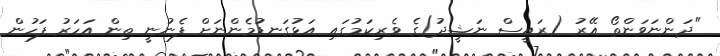
"ދަންނަވަންތޯ އޭރު (ރައީސް ނަޝީދު)ގެ ވެރިކަމުގައި އަޅުގަނޑުމެންނަށް ފެނުނީ ތިން އަހަރު ފަހުން